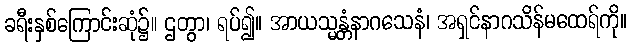
ခရီးနှစ်ကြောင်းဆုံ၌။ ဌတွာ၊ ရပ်၍။ အာယသ္မန္တံနာဂသေနံ၊ အရှင်နာဂသိန်မထေရ်ကို။